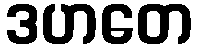
ဒဟတေ